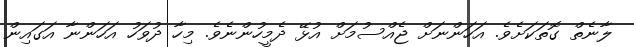
ލާނެތް ގޮތަކަށެވެ. އަހަންނަށް ޖެއްސުމަށް އުޅޭ ދެމީހުންނެވެ. މިހާ ދުވަހު އަހަންނާ އަގައިން